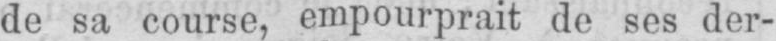
de sa course, empourprait de ses der-